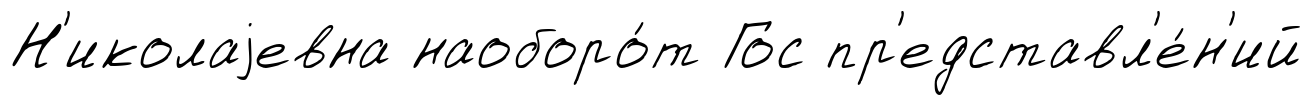
Н'иколаjевна наоборо́т Гос пр'едставл'е́н'ий